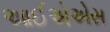
આઈએએસ